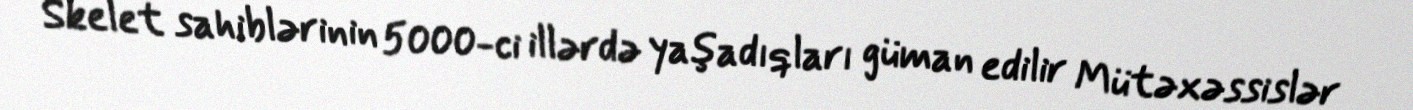
Skelet sahiblərinin 5000-ci illərdə yaşadıqları güman edilir Mütəxəssislər